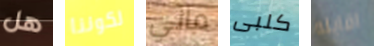
هل لكوننا ماني كلبى اقابله